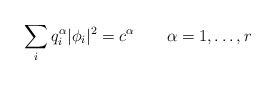
\begin{align*}\sum_i q_i^\alpha |\phi_i|^2 = c^\alpha\qquad \alpha=1,\ldots,r\end{align*}